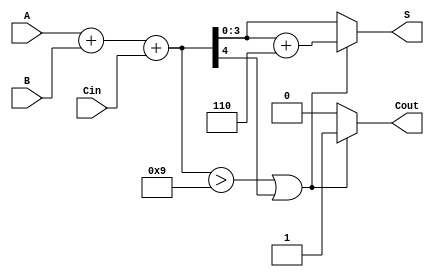
module BCD_Fast_Adder (
    input [3:0] A,     // First BCD digit
    input [3:0] B,     // Second BCD digit
    input Cin,         // Carry-in
    output reg [3:0] S, // BCD sum output
    output reg Cout     // Carry-out
);

    wire [4:0] sum;     // 5-bit sum to accommodate overflow
    wire correction;     // Correction flag

    // Step 1: Binary Addition
    assign sum = A + B + Cin;

    // Step 2: Check for BCD Correction
    // Correction is needed if sum > 9 or if there is a carry out
    assign correction = (sum > 9) || (sum[4] == 1);

    // Step 3: Generate corrected BCD result
    always @(*) begin
        if (correction) begin
            S = sum + 5'd6; // Add 6 to correct the BCD
            Cout = 1;       // Set carry-out
        end else begin
            S = sum[3:0];   // No correction needed
            Cout = 0;       // No carry-out
        end
    end

endmodule